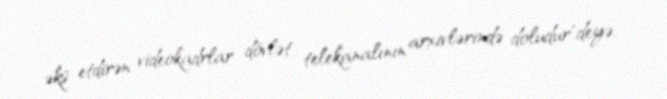
əks etdirən videokadrlar dövlət telekanalının arxivlərində doludur"deyə,